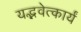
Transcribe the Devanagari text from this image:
यद्भवेत्कार्यं